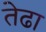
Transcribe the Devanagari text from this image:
तेढा